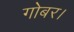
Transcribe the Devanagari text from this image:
गोबर।